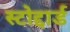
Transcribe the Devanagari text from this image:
स्टोद्दार्ड